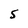
Character: S